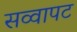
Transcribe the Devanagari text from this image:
सव्वापट